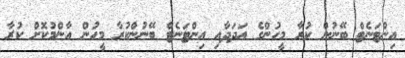
އިންޓަނެޓް ބޭނުން ކުރާ މީހުންގެ އަދަދާއި އިންޓަނެޓް ބޭނުންކުރާ މީހުން އާންމުކޮށް ކުރާ